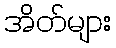
အိတ်များ